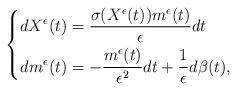
LaTeX: \begin{align*}\left\lbrace\begin{aligned}dX^\epsilon(t)&=\frac{\sigma(X^\epsilon(t))m^\epsilon(t)}{\epsilon}dt\\dm^\epsilon(t)&=-\frac{m^\epsilon(t)}{\epsilon^2}dt+\frac{1}{\epsilon}d\beta(t),\end{aligned}\right.\end{align*}